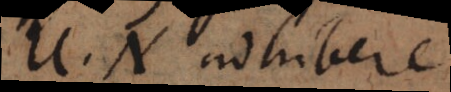
U. N. adhibere